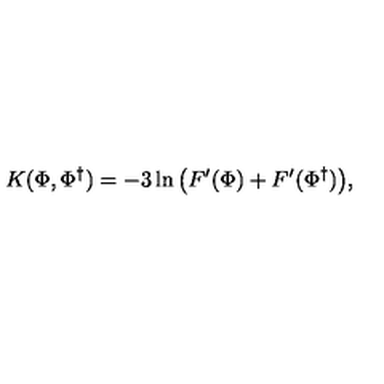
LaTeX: K ( \Phi , \Phi ^ { \dag } ) = - 3 \ln \big ( F ^ { \prime } ( \Phi ) + F ^ { \prime } ( \Phi ^ { \dag } ) \big ) ,